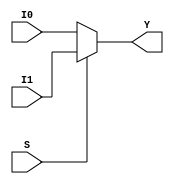
`timescale 1ns / 1ps
//////////////////////////////////////////////////////////////////////////////////
// Company: 
// Engineer: 
// 
// Design Name: 
// Module Name: Mux_2x1
// Project Name: 
// Target Devices: 
// Tool Versions: 
// Description: 
// 
// Dependencies: 
// 
// Revision:
// Revision 0.01 - File Created
// Additional Comments:
// 
//////////////////////////////////////////////////////////////////////////////////


module Mux_2x1(Y,I0,I1,S);
input I0,I1,S;
output Y;
    //assign y = (~S)&I0 | S&I1;
   assign Y = S ? I1 : I0; //conditional statement
endmodule